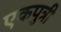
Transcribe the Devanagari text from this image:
एकपुत्री